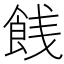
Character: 䬻